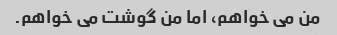
من می خواهم، اما من گوشت می خواهم.